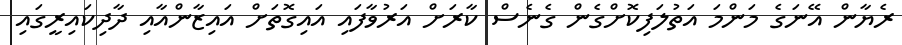
ރެޔާން އޭނަގެ މަންމަ އަތުލަފިކޮށްގެން ގެނެސް ކާރަށް އަރުވާފައި އައިގޮތަށް އައިޒާންއާއި ދާދިކައިރީގައި